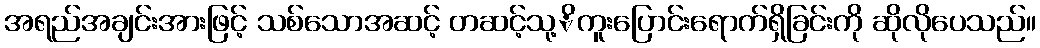
အရည်အချင်းအားဖြင့် သစ်သောအဆင့် တဆင့်သု့ိကူးပြောင်းရောက်ရှိခြင်းကို ဆိုလိုပေသည်။